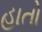
હાતો